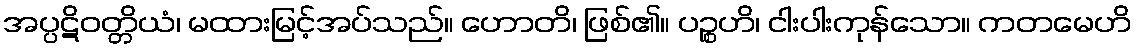
အပ္ပဋိဝတ္တိယံ၊ မထားမြင့်အပ်သည်။ ဟောတိ၊ ဖြစ်၏။ ပဉ္စဟိ၊ ငါးပါးကုန်သော။ ကတမေဟိ